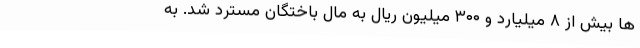
ها بیش از ۸ میلیارد و ۳۰۰ میلیون ریال به مال باختگان مسترد شد. به